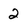
Character: 2